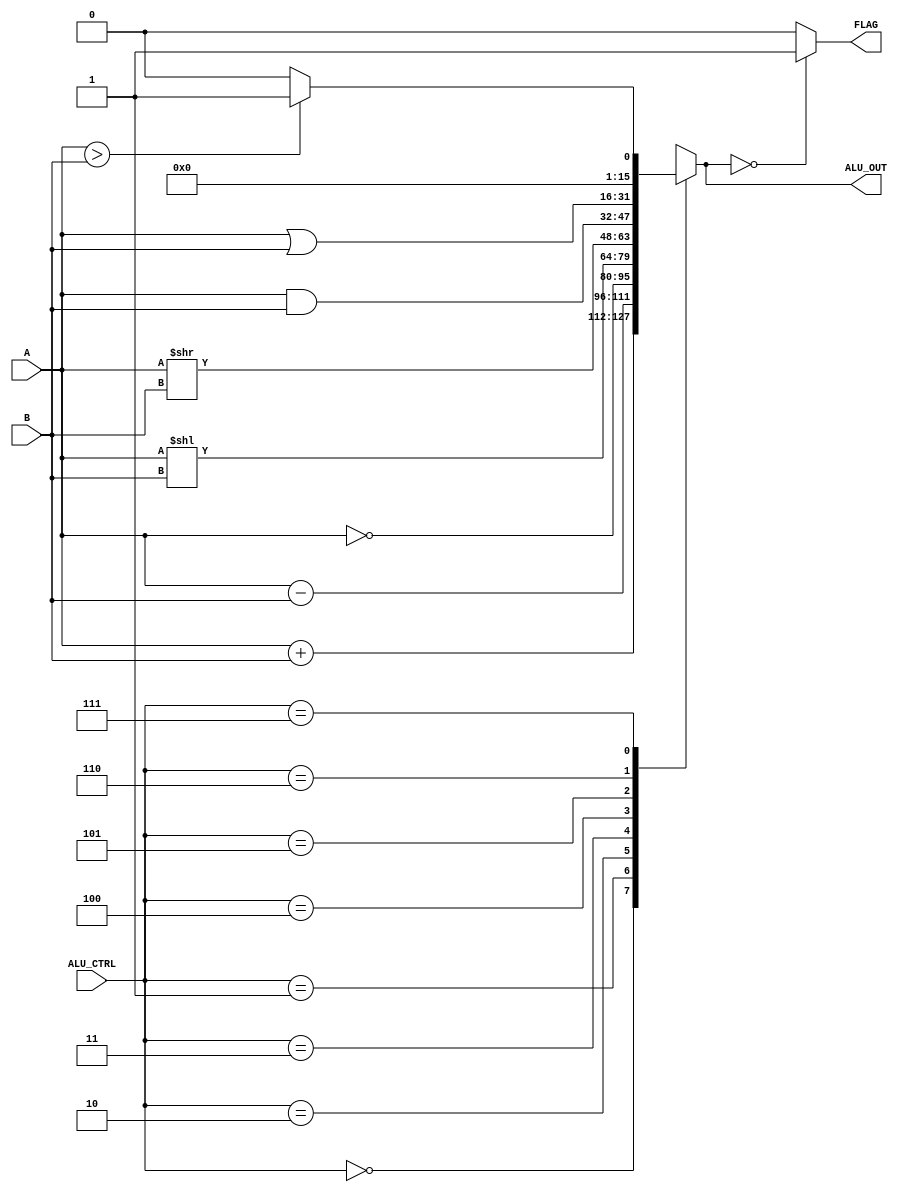
module ALU (
    input [15:0] A,
    input [15:0] B,
    input [2:0] ALU_CTRL,
    output reg [15:0] ALU_OUT,
    output FLAG
);

always @(*) begin

    case(ALU_CTRL)

    3'd0 : ALU_OUT=A+B;
    3'd1 : ALU_OUT=A-B;
    3'd2 : ALU_OUT=~A;
    3'd3 : ALU_OUT=A<<B;
    3'd4 : ALU_OUT=A>>B;
    3'd5 : ALU_OUT=A&B;
    3'd6 : ALU_OUT=A|B;
    3'd7 : ALU_OUT=(A>B)?(16'd1):(16'd0);
    default : ALU_OUT=A+B;

    endcase

end

assign FLAG = (ALU_OUT==16'd0)?(1'd1):(1'd0);
    
endmodule